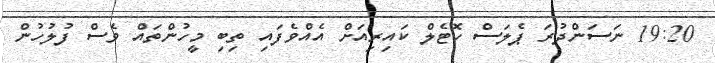
19:20 ނަސަންދުރަ ޕެލަސް ހޮޓެލް ކައިރިއަށް އެއްވެފައި ތިބި މީހުންތައް ވެސް ފުލުހުން